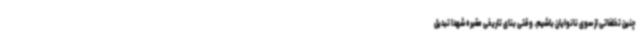
چنین تخلفاتی از سوی نانوایان باشیم. وقتی بنای تاریخی مقبره شهدا تبدیل